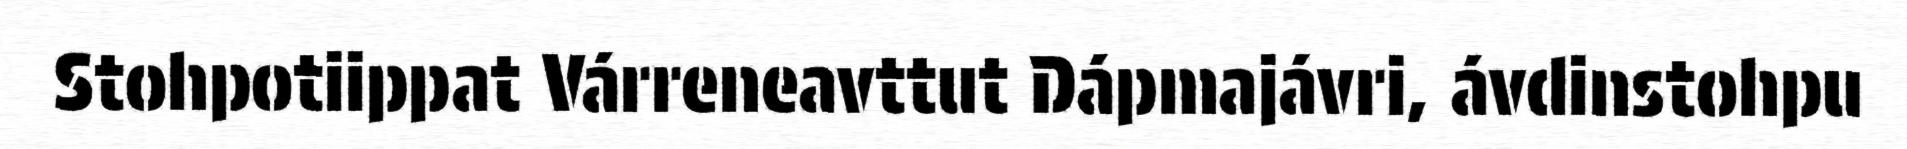
Stohpotiippat Várreneavttut Dápmajávri, ávdinstohpu